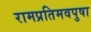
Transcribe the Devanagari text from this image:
रामप्रतिमवपुषा